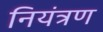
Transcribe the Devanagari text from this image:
नियंत्रण